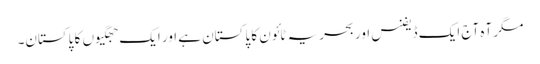
مگر آہ آج ایک ڈیفنس اور بحریہ ٹائون کا پاکستان ہے اور ایک جھگیوں کا پاکستان۔